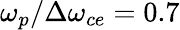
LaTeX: \omega_{p}/\Delta\omega_{ce}=0.7